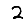
Digit: 2